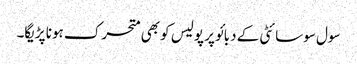
سول سوسائٹی کے دبائو پر پولیس کو بھی متحرک ہونا پڑیگا۔